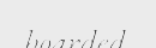
boarded